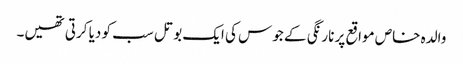
والدہ خاص مواقع پر نارنگی کے جوس کی ایک بوتل سب کو دیا کرتی تھیں۔